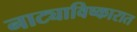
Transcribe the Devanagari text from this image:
नाट्याविष्कारात